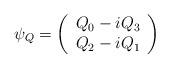
LaTeX: \begin{align*}\psi_{Q}=\left(\begin{array}{c}Q_0 -iQ_{3}\\Q_{2}-iQ_{1}\end{array}\right)\end{align*}